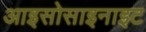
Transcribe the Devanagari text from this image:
आइसोसाइनाइट